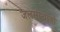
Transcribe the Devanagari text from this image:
जलसंस्थाओं